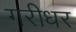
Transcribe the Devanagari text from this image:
गरीधर